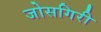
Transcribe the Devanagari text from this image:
जोसगिरी